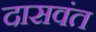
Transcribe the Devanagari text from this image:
दासवंत